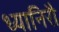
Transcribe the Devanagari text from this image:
ध्यानिरौ